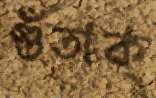
গুঁতাক্